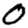
Digit: 0